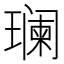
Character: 𬎑